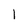
Character: l